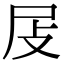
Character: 𡰵